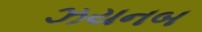
ઝયનબ